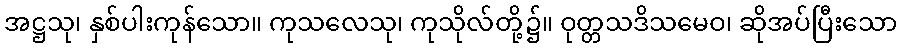
အဋ္ဌသု၊ နှစ်ပါးကုန်သော။ ကုသလေသု၊ ကုသိုလ်တို့၌။ ဝုတ္တသဒိသမေဝ၊ ဆိုအပ်ပြီးသော